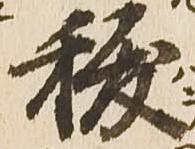
祓